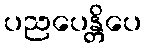
ပညပေန္တိပေ